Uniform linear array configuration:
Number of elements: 64
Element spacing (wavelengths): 0.25
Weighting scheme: blackman
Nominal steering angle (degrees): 45
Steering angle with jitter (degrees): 46.698
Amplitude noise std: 0.05
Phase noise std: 0.05

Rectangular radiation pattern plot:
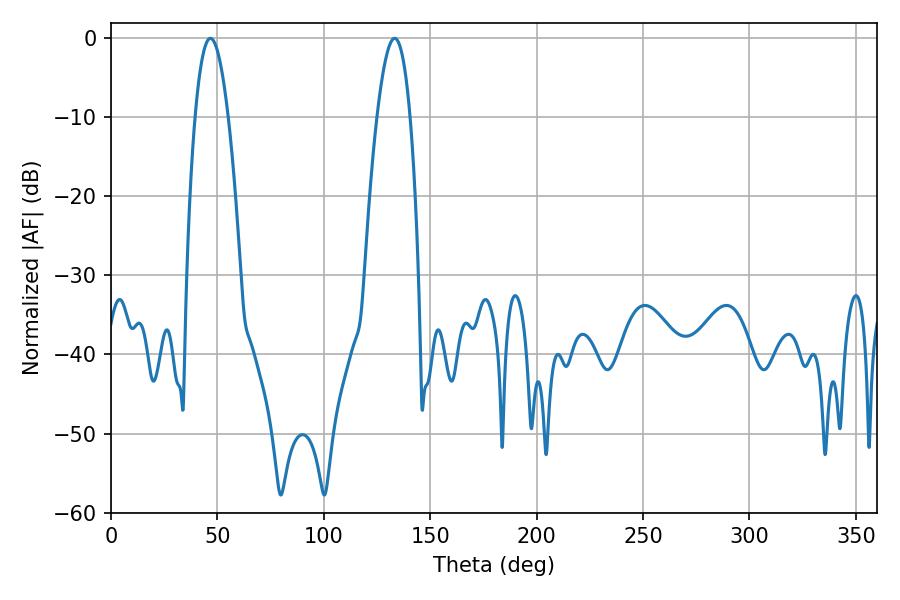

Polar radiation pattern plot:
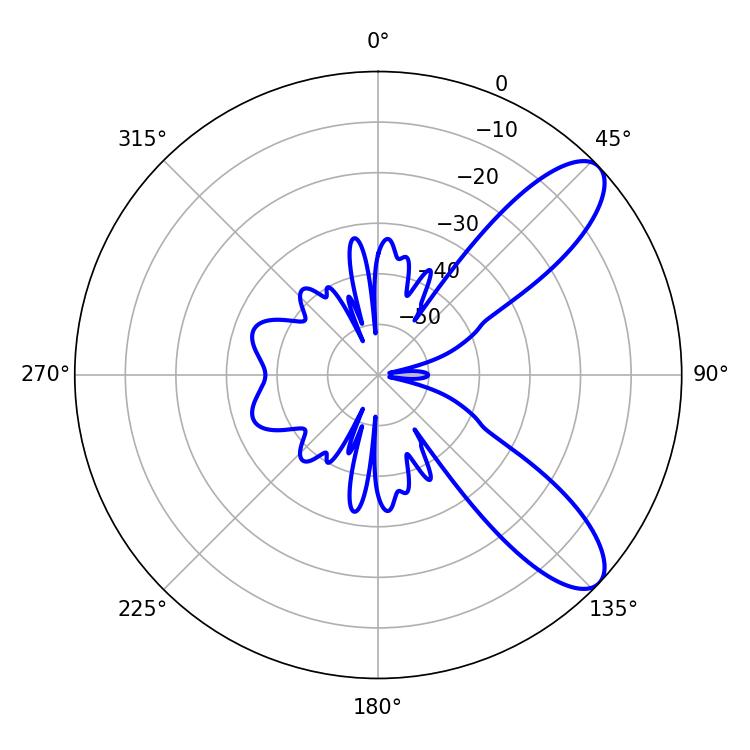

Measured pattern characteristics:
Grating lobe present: FALSE
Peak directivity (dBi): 9.314
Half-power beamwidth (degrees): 8.46
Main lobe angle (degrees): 46.8